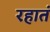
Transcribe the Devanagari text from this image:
रहातं